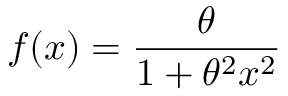
f ( x ) = { \frac { \theta } { 1 + \theta ^ { 2 } x ^ { 2 } } }